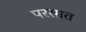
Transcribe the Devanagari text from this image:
परसात